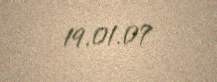
19.01.07